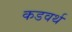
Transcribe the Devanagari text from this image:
कडवर्थ